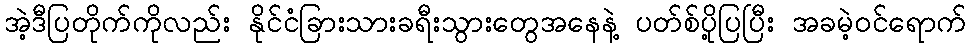
အဲ့ဒီပြတိုက်ကိုလည်း နိုင်ငံခြားသားခရီးသွားတွေအနေနဲ့ ပတ်စ်ပို့ပြပြီး အခမဲ့ဝင်ရောက်